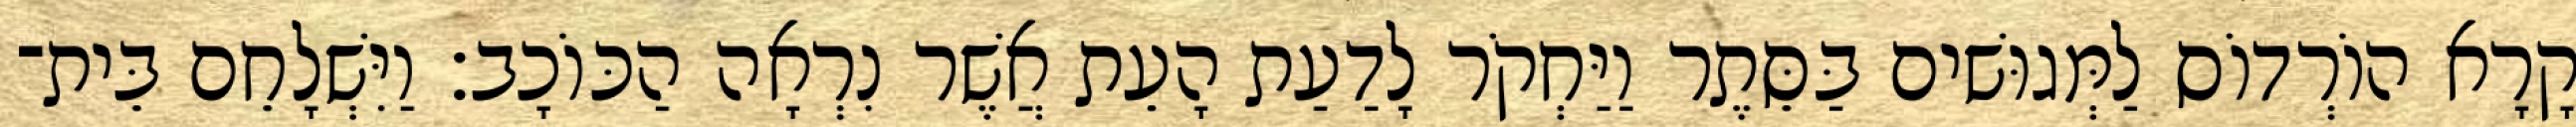
קָרָא הוֹרְדוֹס לַמְּגוּשׁים בַּסֵּתֶר וַיַּחְקֹר לָדַעַת הָעֵת אֲשֶׁר נִרְאָה הַכּוֹכָב׃ וַיִּשְׁלָחֵם בֵּית־